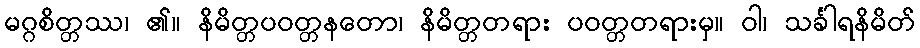
မဂ္ဂစိတ္တဿ၊ ၏။ နိမိတ္တပဝတ္တနတော၊ နိမိတ္တတရား ပဝတ္တတရားမှ။ ဝါ၊ သင်္ခါရနိမိတ်